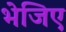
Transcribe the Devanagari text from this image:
भेजिए